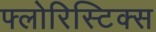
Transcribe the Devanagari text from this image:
फ्लोरिस्टिक्स